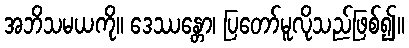
အဘိသမယကို။ ဒေဿန္တော၊ ပြတော်မူလိုသည်ဖြစ်၍။